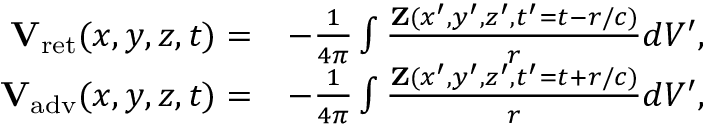
\begin{array} { r l } { { \mathbf V } _ { \mathrm { r e t } } ( x , y , z , t ) = } & { - \frac { 1 } { 4 \pi } \int \frac { { \mathbf Z } ( x ^ { \prime } , y ^ { \prime } , z ^ { \prime } , t ^ { \prime } = t - r / c ) } { r } d V ^ { \prime } , } \\ { { \mathbf V } _ { \mathrm { a d v } } ( x , y , z , t ) = } & { - \frac { 1 } { 4 \pi } \int \frac { { \mathbf Z } ( x ^ { \prime } , y ^ { \prime } , z ^ { \prime } , t ^ { \prime } = t + r / c ) } { r } d V ^ { \prime } , } \end{array}